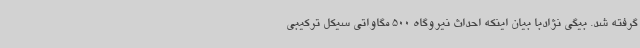
گرفته شد. بیگی نژادبا بیان اینکه احداث نیروگاه 500 مگاواتی سیکل ترکیبی